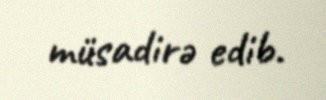
müsadirə edib.